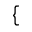
\{